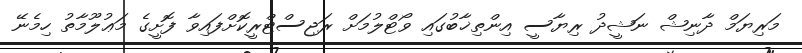
މަރިޔަމް ދާނިޝް ނަޝީދު ރިޔާސީ އިންތިޚާބުގައި ވޯޓްލުމަށް ރަޖިސްޓްރީކޮށްފައިވާ ފޮށީގެ މަޢުލޫމާތު ހިމެނޭ